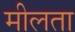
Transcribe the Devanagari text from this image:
मीलता